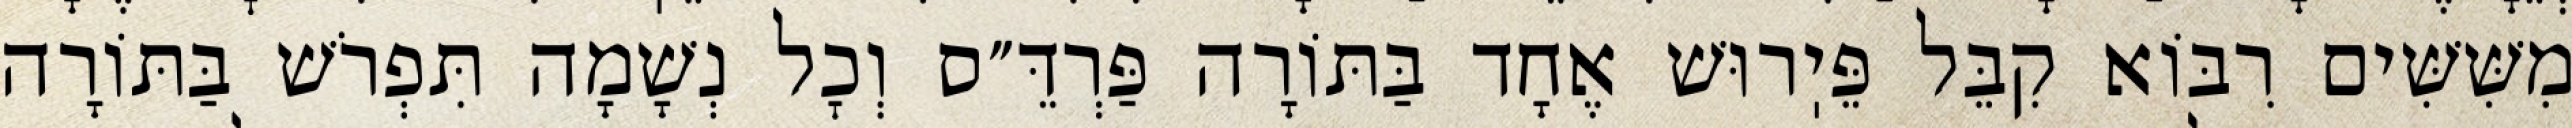
מִשִּׁשִּׁים רִבּוֹא קִבֵּל פֵּיֽרוּשׁ אֶחָד בַּתּוֹרָה פַּרְדֵּ״ס וְכׇל נְשָׁמָה תִּפְרֹשׁ בַּתּוֹרָה